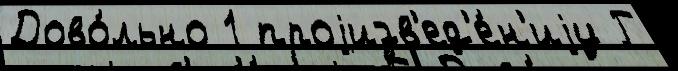
Дово́льно 1 проjизв'ед'е́н'иjу Г